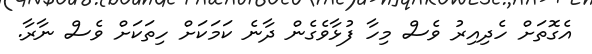
އެގޮތަށް ހެދިއިރު ވެސް މިހާ ފުޅާވެގެން ދާނެ ކަމަކަށް ހިތަކަށް ވެސް ނާރާ.